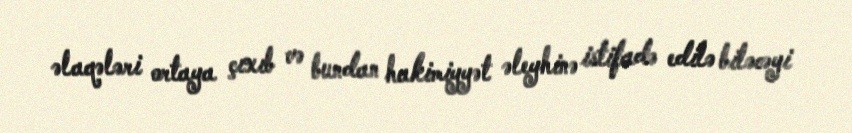
əlaqələri ortaya çıxıb və bundan hakimiyyət əleyhinə istifadə edilə biləcəyi